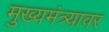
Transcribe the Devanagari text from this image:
मुख्यमंत्र्यावर